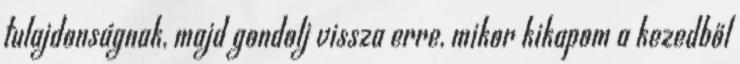
tulajdonságnak, majd gondolj vissza erre, mikor kikapom a kezedből